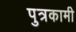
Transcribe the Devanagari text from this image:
पुत्रकामी